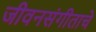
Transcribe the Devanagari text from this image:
जीवनसंगीताचे